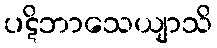
ပဋိဘာသေယျာသိ